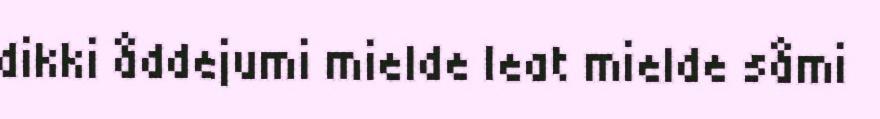
dikki åddejumi mielde leat mielde såmi